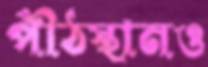
পীঠস্থানও